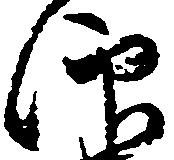
仰